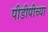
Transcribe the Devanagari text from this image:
पीडीपीच्या